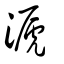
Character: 㴲